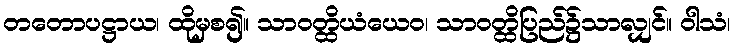
တတောပဋ္ဌာယ၊ ထိုမှစ၍။ သာဝတ္ထိယံယေဝ၊ သာဝတ္ထိပြည်၌သာလျှင်။ ဝါသံ၊